Annual administration report of the Civil Veterinary Department of India - 1905-1906
Year: 1905
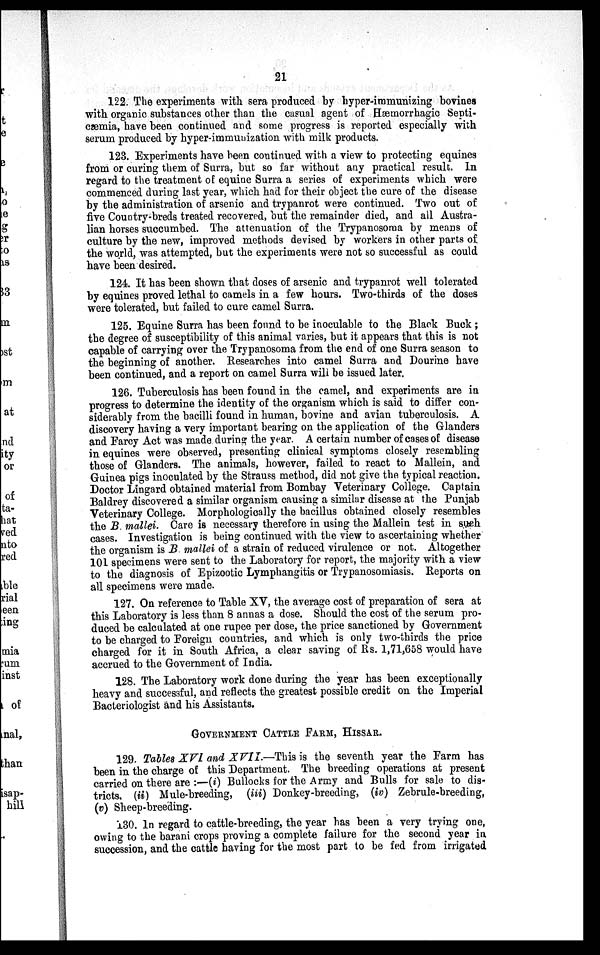
21
122. The experiments with sera produced by hyper-immunizing bovines
with organic substances other than the casual agent of Hæmorrhagic Septi-
cæmia, have been continued and some progress is reported especially with
serum produced by hyper-immunization with milk products.
123. Experiments have been continued with a view to protecting equines
from or curing them of Surra, but so far without any practical result. In
regard to the treatment of equine Surra a series of experiments which were
commenced during last year, which had for their object the cure of the disease
by the administration of arsenic and trypanrot were continued. Two out of
five Country-breds treated recovered, but the remainder died, and all Austra-
lian horses succumbed. The attenuation of the Trypanosoma by means of
culture by the new, improved methods devised by workers in other parts of
the world, was attempted, but the experiments were not so successful as could
have been desired.
124. It has been shown that doses of arsenic and trypanrot well tolerated
by equines proved lethal to camels in a few hours. Two-thirds of the doses
were tolerated, but failed to cure camel Surra.
125. Equine Surra has been found to be inoculable to the Black Buck ;
the degree of susceptibility of this animal varies, but it appears that this is not
capable of carrying over the Trypanosoma from the end of one Surra season to
the beginning of another. Researches into camel Surra and Dourine have
been continued, and a report on camel Surra will be issued later.
126. Tuberculosis has been found in the camel, and experiments are in
progress to determine the identity of the organism which is said to differ con-
siderably from the bacilli found in human, bovine and avian tuberculosis. A
discovery having a very important bearing on the application of the Glanders
and Farcy Act was made during the year. A certain number of cases of disease
in equines were observed, presenting clinical symptoms closely resembling
those of Glanders. The animals, however, failed to react to Mallein, and
Guinea pigs inoculated by the Strauss method, did not give the typical reaction.
Doctor Lingard obtained material from Bombay Veterinary College. Captain
Baldrey discovered a similar organism causing a similar disease at the Punjab
Veterinary College. Morphologically the bacillus obtained closely resembles
the B. mallei. Care is necessary therefore in using the Mallein test in such
cases. Investigation is being continued with the view to ascertaining whether
the organism is B. mallei of a strain of reduced virulence or not. Altogether
101 specimens were sent to the Laboratory for report, the majority with a view
to the diagnosis of Epizootic Lymphangitis or Trypanosomiasis. Reports on
all specimens were made.
127. On reference to Table XV, the average cost of preparation of sera at
this Laboratory is less than 8 annas a dose. Should the cost of the serum pro-
duced be calculated at one rupee per dose, the price sanctioned by Government
to be charged to Foreign countries, and which is only two-thirds the price
charged for it in South Africa, a clear saving of Rs. 1,71,658 would have
accrued to the Government of India.
128. The Laboratory work done during the year has been exceptionally
heavy and successful, and reflects the greatest possible credit on the Imperial
Bacteriologist and his Assistants.
GOVERNMENT CATTLE FARM, HISSAR.
129. Tables XVI and XVII.—This is the seventh year the Farm has
been in the charge of this Department. The breeding operations at present
carried on there are :—(i) Bullocks for the Army and Bulls for sale to dis-
tricts. (ii) Mule-breeding, (iii) Donkey-breeding, (iv) Zebrule-breeding,
(v) Sheep-breeding.
130. In regard to cattle-breeding, the year has been a very trying one,
owing to the barani crops proving a complete failure for the second year in
succession, and the cattle having for the most part to be fed from irrigated